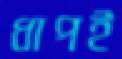
ধাপই